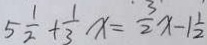
5 \frac { 1 } { 2 } + \frac { 1 } { 3 } x = \frac { 3 } { 2 } x - 1 \frac { 1 } { 2 }